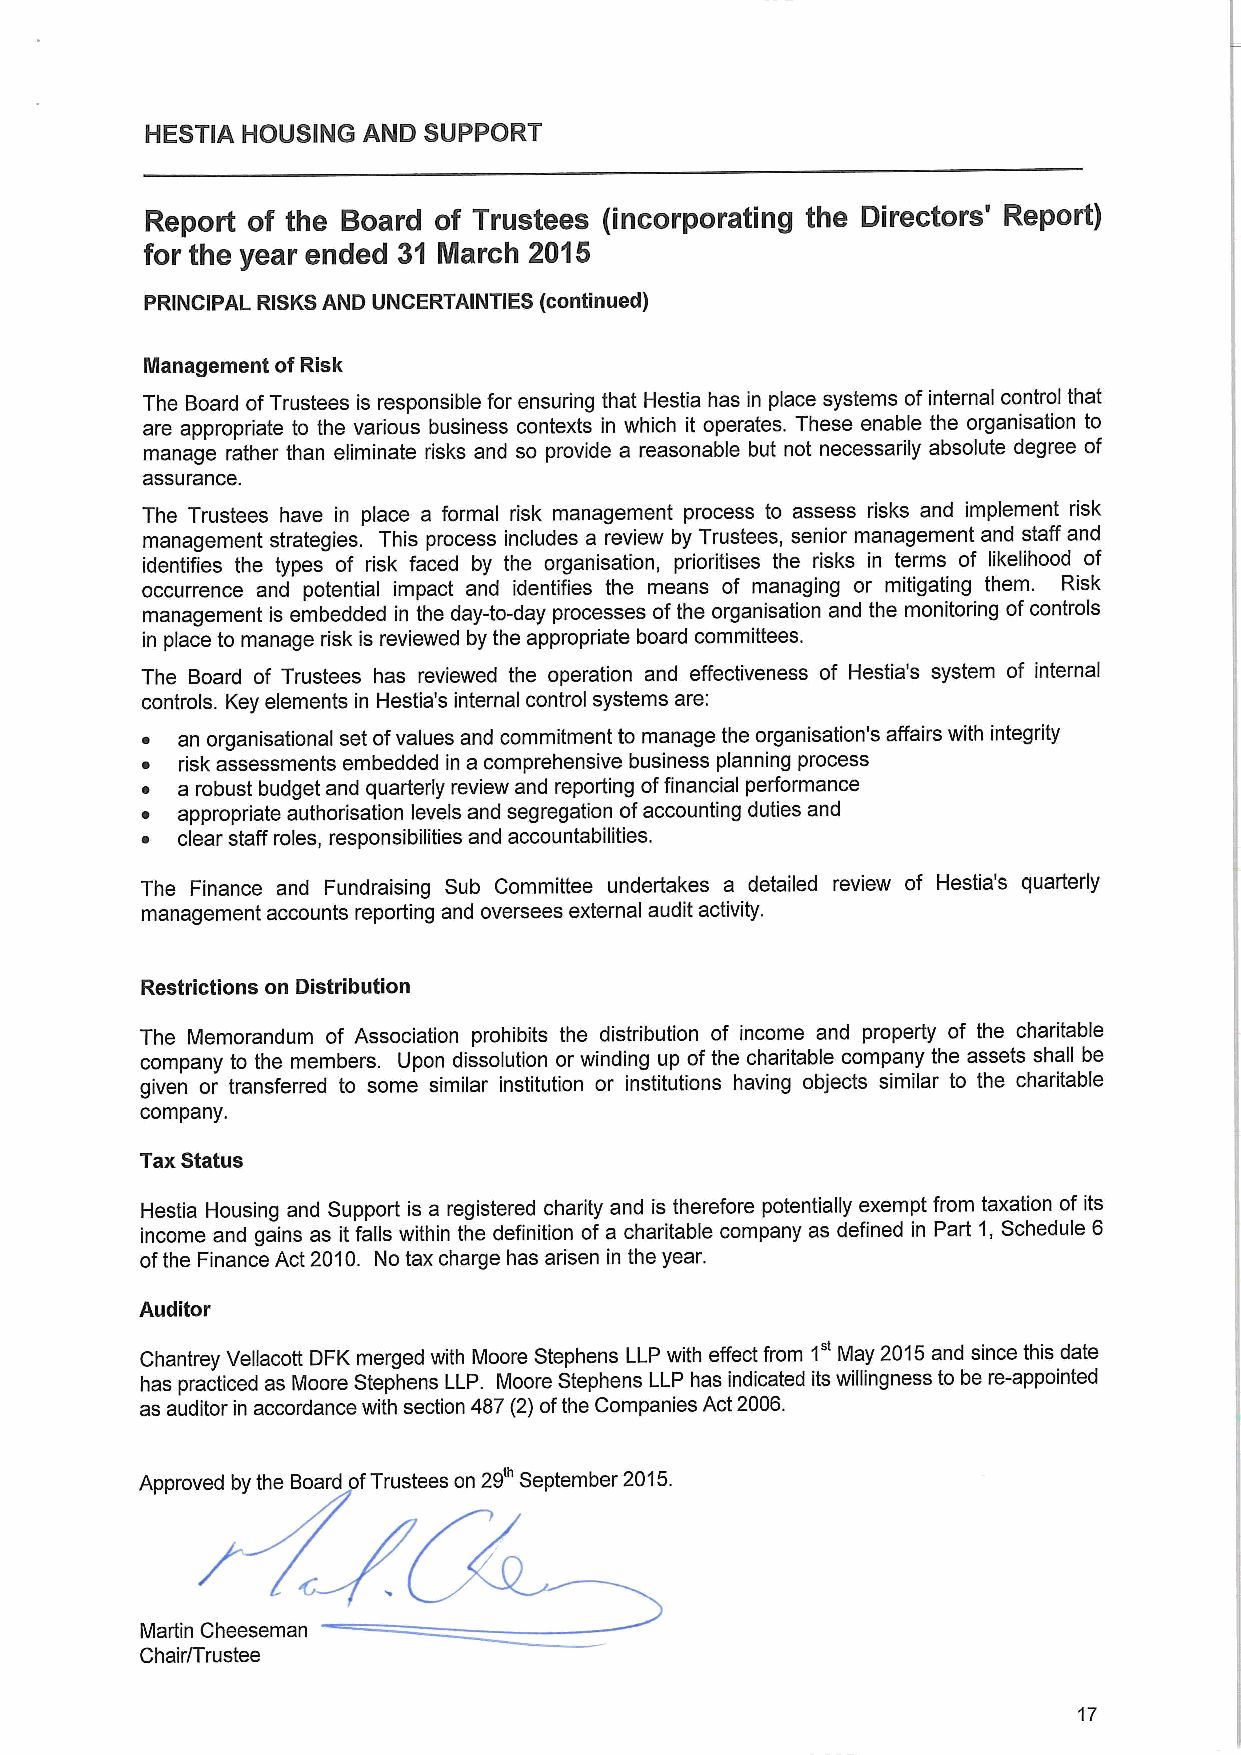
HESTIA HOUSING AND SUPPORT
 Report of the Board of Trustees (incorporating the Directors' Report)
 for the year ended 3'I INarch 20'I 5
 PRINCIPAL RISKSAND UNCERTAINTIES (continued)
 Management ofRisk
 The Board ofTrustees is responsible for ensuring that Hestia has in place systems ofinternal control that
 are appropriate to the various business contexts in which it operates. These enable the organisation to
 manage rather than eliminate risks and so provide a reasonable but not necessarily absolute degree of
 assurance.
 The Trustees have in place a formal risk management process to assess risks and implement risk
 management strategies. This process includes a review by Trustees, senior management and staff and
 identifies the types of risk faced by the organisation, prioritises the risks in terms of likelihood of
 occurrence and potential impact and identifies the means of managing or mitigating them. Risk
 management is embedded in the day-to-day processes ofthe organisation and the monitoring ofcontrols
 in place to manage risk is reviewed by the appropriate board committees.
 The Board of Trustees has reviewed the operation and effectiveness of Hestia's system of internal
 controls. Key elements in Hestia's internal control systems are:
 ~  an organisational set ofvalues and commitment to manage the organisation's affairs with integrity
 ~  risk assessments embedded in a comprehensive business planning process
 ~  a robust budget and quarterly review and reporting offinancial performance
 ~  appropriate authorisation levels and segregation ofaccounting duties and
 ~  c!ear staff roles, responsibilities and accountabilities.
 The Finance and Fundraising Sub Committee undertakes a detailed review of Hestia's quarterly
 management accounts reporting and oversees external audit activity.
 Restrictions on Distribution
 The Memorandum of Association prohibits the distribution of income and property of the charitable
 company to the members. Upon dissolution or winding up ofthe charitable company the assets shall be
 given or transferred to some similar institution or institutions having objects similar to the charitable
 company.
 Tax Status
 Hestia Housing and Support is a registered charity and is therefore potentially exempt from taxation of its
 income and gains as it falls within the definition of a charitable company as defined in Part 1,Schedule 6
 ofthe Finance Act 2010. No tax charge has arisen in the year.
 Auditor
 1"
 Chantrey Vellacott DFK merged with Moore Stephens LLP with effect from May 2015and since this date
 has practiced as Moore Stephens LLP. Moore Stephens LLP has indicated its willingness to be re-appointed
 as auditor in accordance with section 487(2)ofthe Companies Act 2006.
 Approved by the Board fTrustees on 29' September 2015.
 Martin Cheeseman
 Chair/Trustee
 17